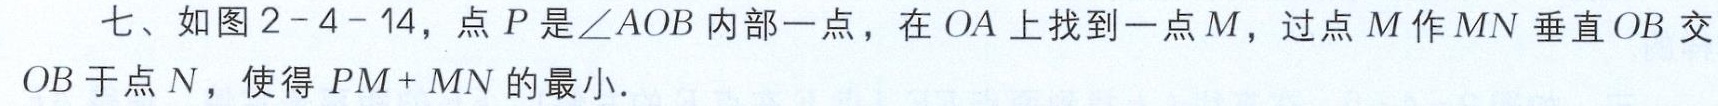
七、如图2 - 4 - 14，点\(P\)是\(\angle AOB\)内部一点，在\(OA\)上找到一点\(M\)，过点\(M\)作\(MN\)垂直\(OB\)交\(OB\)于点\(N\)，使得\(PM + MN\)的最小.